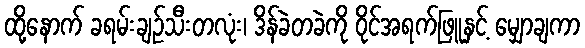
ထို့နောက် ခရမ်းချဉ်သီးတလုံး၊ ဒိန်ခဲတခဲကို ဝိုင်အရက်ဖြူနှင့် မျှောချကာ